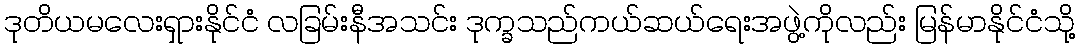
ဒုတိယမလေးရှားနိုင်ငံ လခြမ်းနီအသင်း ဒုက္ခသည်ကယ်ဆယ်ရေးအဖွဲ့ကိုလည်း မြန်မာနိုင်ငံသို့